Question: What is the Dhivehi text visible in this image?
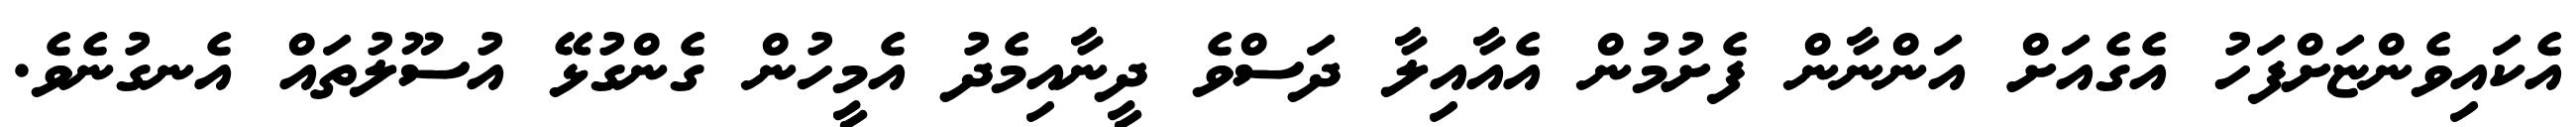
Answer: އެކައިވެންޏަށްފަހު އެގެއަށް އަންނާން ފެށުމުން އެއާއިލާ ދަސްވެ ދީނާއިމެދު އެމީހުން ގެންގުޅޭ އުސޫލުތައް އެނގުނެވެ.